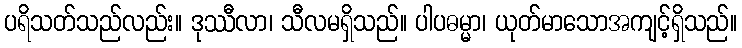
ပရိသတ်သည်လည်း။ ဒုဿီလာ၊ သီလမရှိသည်။ ပါပဓမ္မာ၊ ယုတ်မာသောအကျင့်ရှိသည်။